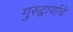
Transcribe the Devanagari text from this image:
गुरुद्वार्याचे